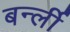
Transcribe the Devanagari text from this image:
बर्न्ली